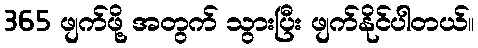
365 ဖျက်ဖို့ အတွက် သွားပြီး ဖျက်နိုင်ပါတယ်။